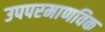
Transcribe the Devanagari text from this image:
उपपरमाणविक